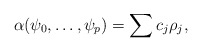
\begin{align*}\alpha(\psi_0,\dots,\psi_p)=\sum c_j \rho_j ,\end{align*}